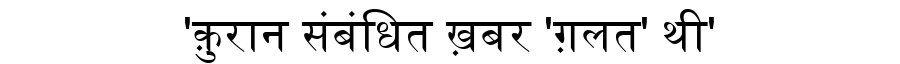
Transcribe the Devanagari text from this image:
'क़ुरान संबंधित ख़बर 'ग़लत' थी'